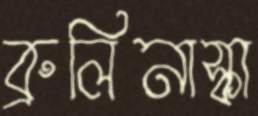
ব্রুলিনাস্কা